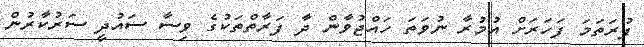
ފުރަތަމަ ފަހަރަށް އުމުރާ ނުވަތަ ހައްޖުވާން ދާ ފަރާތްތަކުގެ ވިސާ ސައުދީ ސަރުކާރުން